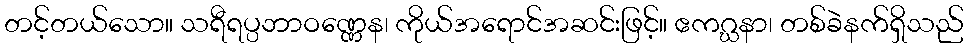
တင့်တယ်သော။ သရီရပ္ပဘာဝဏ္ဏေန၊ ကိုယ်အရောင်အဆင်းဖြင့်။ ဧကဂ္ဃနာ၊ တစ်ခဲနက်ရှိသည်